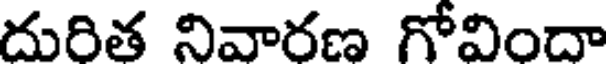
దురిత నివారణ గోవిందా